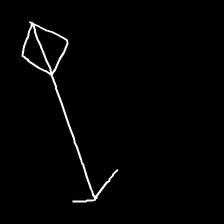
Glyph: focus